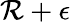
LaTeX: \mathcal{R}+\epsilon